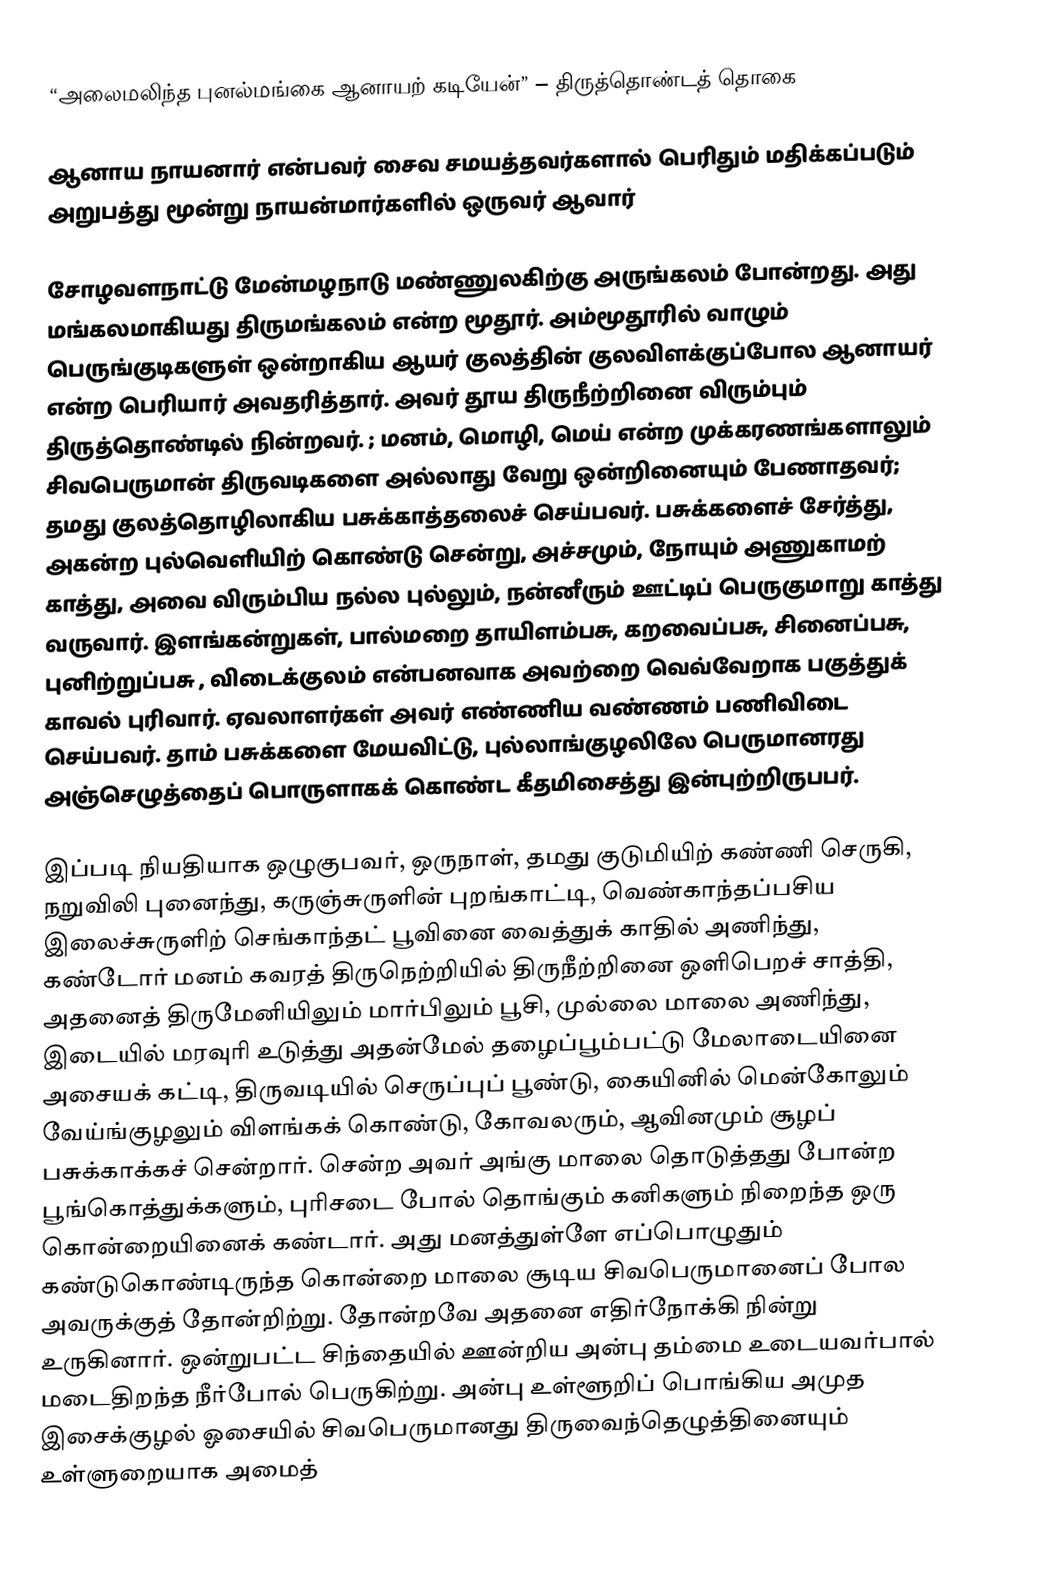
“அலைமலிந்த புனல்மங்கை ஆனாயற் கடியேன்” – திருத்தொண்டத் தொகை

ஆனாய நாயனார் என்பவர் சைவ சமயத்தவர்களால் பெரிதும் மதிக்கப்படும் அறுபத்து மூன்று நாயன்மார்களில் ஒருவர் ஆவார்

சோழவளநாட்டு மேன்மழநாடு மண்ணுலகிற்கு அருங்கலம் போன்றது. அது மங்கலமாகியது திருமங்கலம் என்ற மூதூர். அம்மூதூரில் வாழும் பெருங்குடிகளுள் ஒன்றாகிய ஆயர் குலத்தின் குலவிளக்குப்போல ஆனாயர் என்ற பெரியார் அவதரித்தார். அவர் தூய திருநீற்றினை விரும்பும் திருத்தொண்டில் நின்றவர். ; மனம், மொழி, மெய் என்ற முக்கரணங்களாலும் சிவபெருமான் திருவடிகளை அல்லாது வேறு ஒன்றினையும் பேணாதவர்; தமது குலத்தொழிலாகிய பசுக்காத்தலைச் செய்பவர். பசுக்களைச் சேர்த்து, அகன்ற புல்வெளியிற் கொண்டு சென்று, அச்சமும், நோயும் அணுகாமற் காத்து, அவை விரும்பிய நல்ல புல்லும், நன்னீரும் ஊட்டிப் பெருகுமாறு காத்து வருவார். இளங்கன்றுகள், பால்மறை தாயிளம்பசு, கறவைப்பசு, சினைப்பசு, புனிற்றுப்பசு , விடைக்குலம்  என்பனவாக அவற்றை வெவ்வேறாக பகுத்துக் காவல் புரிவார். ஏவலாளர்கள் அவர் எண்ணிய வண்ணம் பணிவிடை செய்பவர். தாம் பசுக்களை மேயவிட்டு, புல்லாங்குழலிலே பெருமானரது அஞ்செழுத்தைப் பொருளாகக் கொண்ட கீதமிசைத்து இன்புற்றிருபபர்.

இப்படி நியதியாக ஒழுகுபவர், ஒருநாள், தமது குடுமியிற் கண்ணி  செருகி, நறுவிலி புனைந்து, கருஞ்சுருளின் புறங்காட்டி, வெண்காந்தப்பசிய இலைச்சுருளிற் செங்காந்தட் பூவினை வைத்துக் காதில் அணிந்து,  கண்டோர் மனம் கவரத் திருநெற்றியில் திருநீற்றினை ஒளிபெறச் சாத்தி, அதனைத் திருமேனியிலும் மார்பிலும் பூசி, முல்லை மாலை அணிந்து, இடையில் மரவுரி உடுத்து அதன்மேல் தழைப்பூம்பட்டு மேலாடையினை அசையக் கட்டி, திருவடியில் செருப்புப் பூண்டு, கையினில் மென்கோலும் வேய்ங்குழலும் விளங்கக் கொண்டு, கோவலரும், ஆவினமும் சூழப் பசுக்காக்கச் சென்றார். சென்ற அவர் அங்கு மாலை தொடுத்தது போன்ற பூங்கொத்துக்களும், புரிசடை போல் தொங்கும் கனிகளும் நிறைந்த ஒரு கொன்றையினைக் கண்டார். அது மனத்துள்ளே எப்பொழுதும் கண்டுகொண்டிருந்த கொன்றை மாலை சூடிய சிவபெருமானைப் போல அவருக்குத் தோன்றிற்று. தோன்றவே அதனை எதிர்நோக்கி நின்று உருகினார். ஒன்றுபட்ட சிந்தையில் ஊன்றிய அன்பு தம்மை உடையவர்பால் மடைதிறந்த நீர்போல் பெருகிற்று. அன்பு உள்ளூறிப் பொங்கிய அமுத இசைக்குழல் ஓசையில் சிவபெருமானது திருவைந்தெழுத்தினையும் உள்ளுறையாக அமைத்